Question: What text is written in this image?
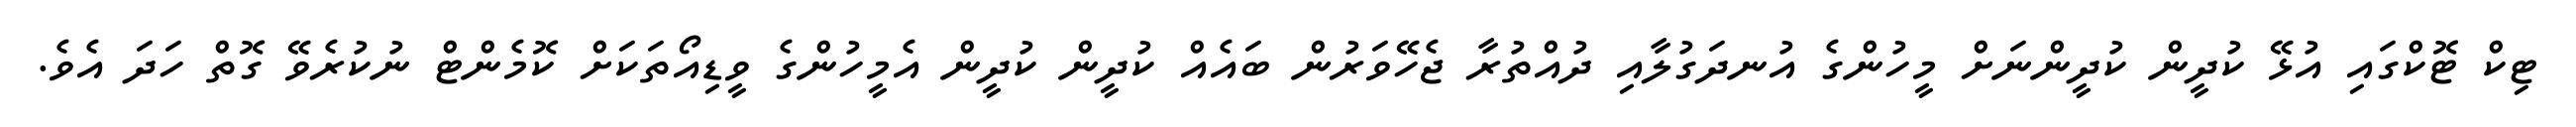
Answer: ޓިކް ޓޮކްގައި އުޅޭ ކުދީން ކުދީންނަށް މީހުންގެ އުނދަގުލާއި ދުއްތުރާ ޖެހޭވަރުން ބައެއް ކުދީން ކުދީން އެމީހުންގެ ވީޑިއޯތަކަށް ކޮމެންޓް ނުކުރެވޭ ގޮތް ހަދަ އެވެ.